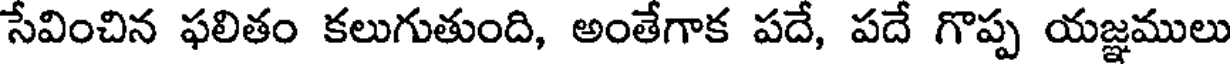
సేవించిన ఫలితం కలుగుతుంది, అంతేగాక పదే, పదే గొప్ప యజ్ఞములు